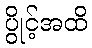
ပွိုင့်အထိ